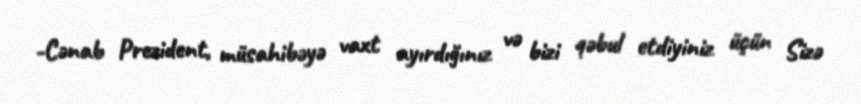
-Cənab Prezident, müsahibəyə vaxt ayırdığınız və bizi qəbul etdiyiniz üçün Sizə